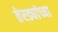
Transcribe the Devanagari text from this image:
तेरड्यांच्या